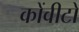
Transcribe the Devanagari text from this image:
कोंवीटो